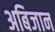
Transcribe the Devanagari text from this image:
अबिजान